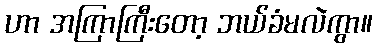
ဟာ အကြာကြီးတော့ ဘယ်ခံမလဲကွာ။